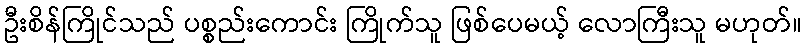
ဦးစိန်ကြိုင်သည် ပစ္စည်းကောင်း ကြိုက်သူ ဖြစ်ပေမယ့် လောကြီးသူ မဟုတ်။